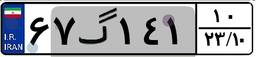
۵۹گ۰۳۸۰۳